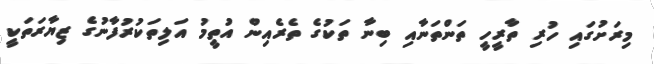
މިރަށުގައި ހުރި ތާރީހީ ތަންތަނާއި ބިނާ ތަކުގެ ތެރެއިން އުތީމު އަލިތަކުރުފާނުގެ ޒިޔާރަތަކީ